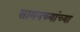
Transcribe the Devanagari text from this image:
सामनच्यांच्या